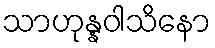
သာဟုန္နဝါသိနော